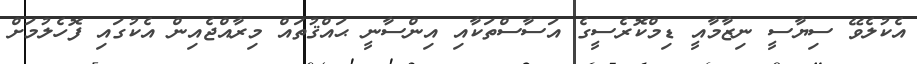
އެކުލެވޭ ސިޔާސީ ނިޒާމާއީ ޑިމްކޮރެސީގެ އަސާސްތަކާއި އިންސާނީ ޙައްޤުތައް މިރާއްޖެއިން އެކުގައި ފޮހެލުމަށް